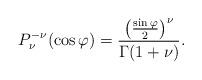
LaTeX: \begin{align*}P_{\nu}^{-\nu}(\cos\varphi)=\frac{\big(\frac{\sin\varphi}{2}\big)^{\nu}}{\Gamma(1+\nu)}.\end{align*}